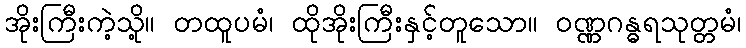
အိုးကြီးကဲ့သို့။ တထူပမံ၊ ထိုအိုးကြီးနှင့်တူသော။ ဝဏ္ဏဂန္ဓရသုတ္တမံ၊